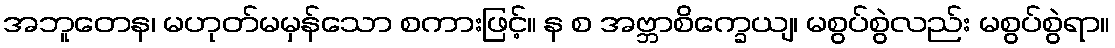
အဘူတေန၊ မဟုတ်မမှန်သော စကားဖြင့်။ န စ အဗ္ဘာစိက္ခေယျ၊ မစွပ်စွဲလည်း မစွပ်စွဲရာ။